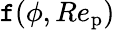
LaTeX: {\mathtt{f}}(\phi,Re_{\mathrm{{p}}})